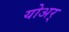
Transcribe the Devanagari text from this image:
योअर्